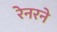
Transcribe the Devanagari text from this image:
रेनरने